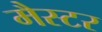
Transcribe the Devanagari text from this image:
मैस्टर